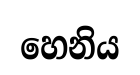
හෙනිය